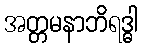
အတ္တမနာဘိရဒ္ဓါ